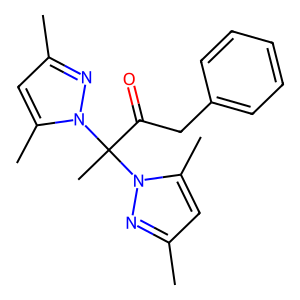
SMILES: Cc1cc(C)n(C(C)(C(=O)Cc2ccccc2)n2nc(C)cc2C)n1
Inhibits HIV replication: No